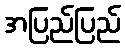
အပြည်ပြည်